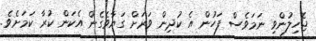
ޖެހިލުންވި ނަމަވެސް ފަހުން އެ ކުދިން ވަރަށް ގަޔާވެގެން އެކަން ކުރާ ކަމަށެވެ.